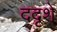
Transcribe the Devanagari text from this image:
ददृशे